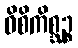
ဝိစိကိစ္ဆဉ္စ